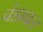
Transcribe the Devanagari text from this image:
चंडावत